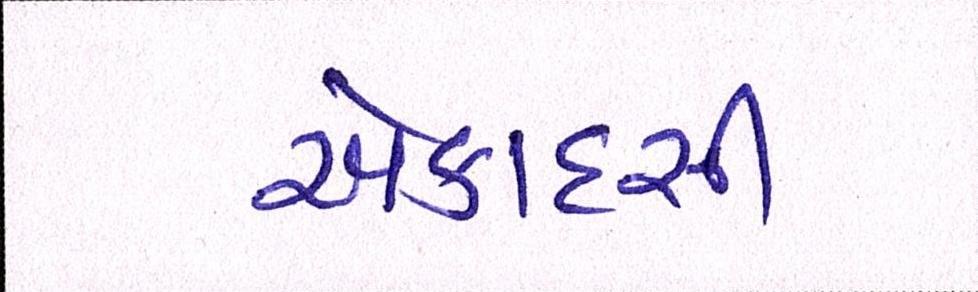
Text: એકાદસી